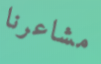
مشاعرنا